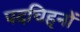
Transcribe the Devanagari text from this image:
पदचिह्‌नों